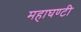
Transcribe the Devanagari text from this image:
महाघण्टी